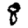
Digit: 8